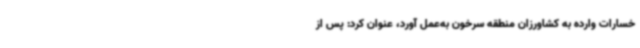
خسارات وارده به کشاورزان منطقه سرخون به‌عمل آورد، عنوان کرد: پس از